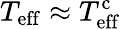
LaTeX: T_{\mathrm{eff}}\approx T_{\mathrm{eff}}^{\mathrm{c}}